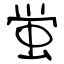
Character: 蛍